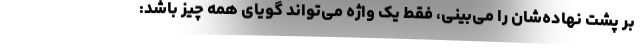
بر پشت نهاده‌شان را می‌بینی، فقط یک واژه می‌تواند گویای همه چیز باشد: